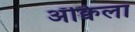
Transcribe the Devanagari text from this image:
ॲक्विला